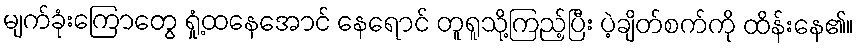
မျက်ခုံးကြောတွေ ရှုံ့ထနေအောင် နေရောင် တူရူသို့ကြည့်ပြီး ပဲ့ချိတ်စက်ကို ထိန်းနေ၏။